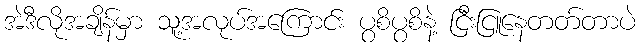
အဲဒီလိုအချိန်မှာ သူ့အလုပ်အကြောင်း ပွစိပွစိနဲ့ ငြီးငြူနေတတ်တာပဲ